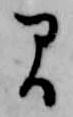
間